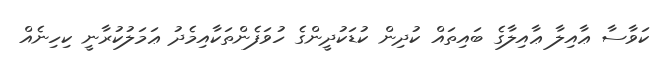
ކަވާސާ ޢާއިލާ ޢާއިލާގެ ބައިތައް ކުދިން ކުޑަކުދީންގެ ހުވަފެންތަކާއިމެދު ޢަމަލުކުރާނީ ކިހިނެއް